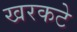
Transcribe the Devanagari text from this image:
खरकटे